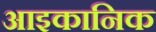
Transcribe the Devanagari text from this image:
आइकानिक